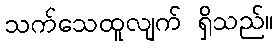
သက်သေထူလျက် ရှိသည်။